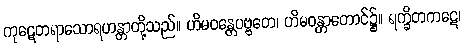
ကုဋေတရာသောရဟန္တာတို့သည်။ ဟိမဝန္တေပဗ္ဗတေ၊ ဟိမဝန္တာတောင်၌။ ရက္ခိတကဋေ၊